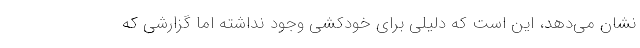
نشان می‌دهد، این است که دلیلی برای خودکشی وجود نداشته اما گزارشی که